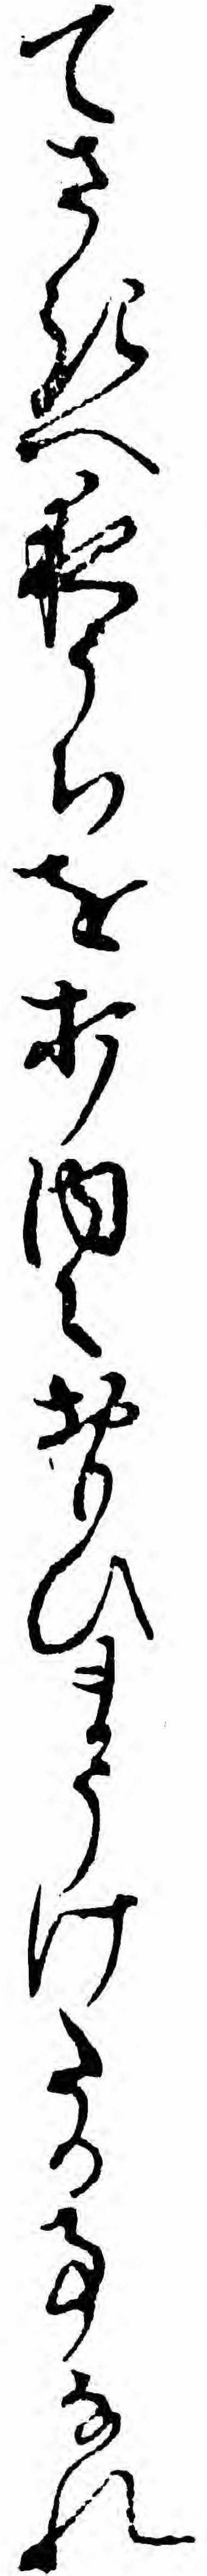
てさきへ夜うちを打内々おもひまうけたる事なれ